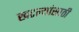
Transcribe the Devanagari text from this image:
खटल्यांसाठी